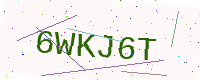
Text: 6WKJ6T